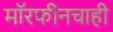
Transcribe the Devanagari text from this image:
मॉरफीनचाही